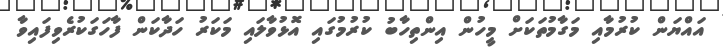
އައްޔަން ކުރުމާއި މަގާމުތަކަށް މީހުން އިންތިހާބު ކުރުމުގައި އޮޅުވާލައި މަކަރު ހަދާކަން ފާހަގަކުރެވިފައިވާ